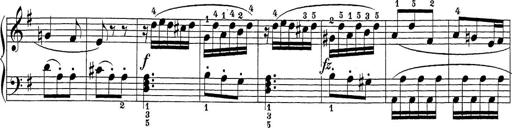
Title: Sonatina Album
Composer: Louis KÃ¶hler